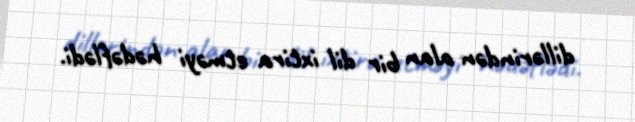
dillərindən alan bir dil ixtira etməyi hədəflədi.